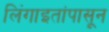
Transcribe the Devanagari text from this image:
लिंंगाइतांपासून